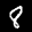
Label: 8